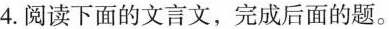
4.阅读下面的文言文，完成后面的题。